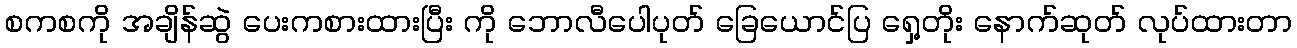
စကစကို အချိန်ဆွဲ ပေးကစားထားပြီး ကို ဘောလီပေါပုတ် ခြေယောင်ပြ ရှေ့တိုး နောက်ဆုတ် လုပ်ထားတာ